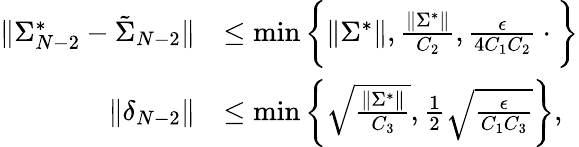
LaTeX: \begin{array}{rl}{\| \Sigma_{N-2}^{*}-\tilde{\Sigma}_{N-2}\| }&{\leq\operatorname*{min}\bigg\{ \| \Sigma^{*}\| ,\frac{\| \Sigma^{*}\| }{C_{2}},\frac{\epsilon}{4C_{1}C_{2}}\cdot\bigg\} }\\ {\| \delta_{N-2}\| }&{\leq\operatorname*{min}\bigg\{ \sqrt{\frac{\| \Sigma^{*}\| }{C_{3}}},\frac{1}{2}\sqrt{\frac{\epsilon}{C_{1}C_{3}}}\bigg\} ,}\end{array}